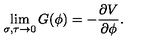
\lim _ { \sigma , \tau \rightarrow 0 } G ( \phi ) = - { \frac { \partial V } { \partial \phi } } .